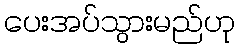
ပေးအပ်သွားမည်ဟု